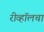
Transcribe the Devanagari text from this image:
रीव्हॉलचा